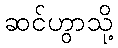
ဆင်ဟွာသို့